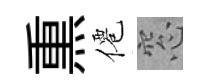
𤋱僊窓